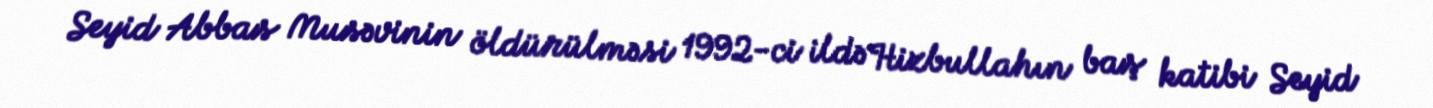
Seyid Abbas Musəvinin öldürülməsi 1992-ci ildə Hizbullahın baş katibi Seyid